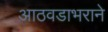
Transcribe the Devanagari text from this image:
आठवडाभराने